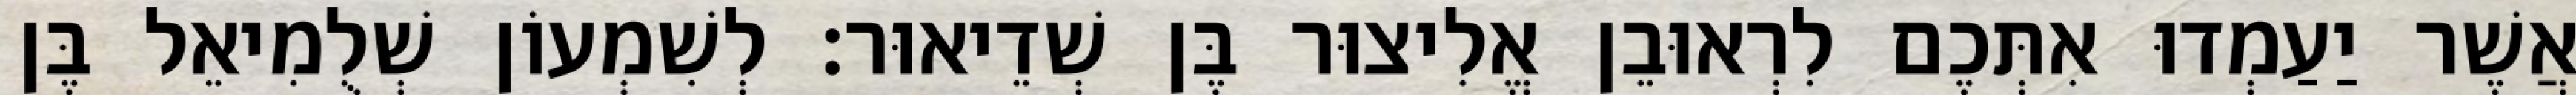
אֲשֶׁר יַעַמְדוּ אִתְּכֶם לִרְאוּבֵן אֱלִיצוּר בֶּן שְׁדֵיאוּר׃ לְשִׁמְעוֹן שְׁלֻמִיאֵל בֶּן